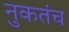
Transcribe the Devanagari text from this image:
नुकतंच